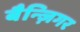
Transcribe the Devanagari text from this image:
बैन्ज़िगर